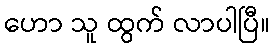
ဟော သူ ထွက် လာပါပြီ။